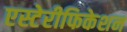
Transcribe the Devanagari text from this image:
एस्टेरीफिकेशन